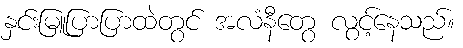
နှင်းမြူပြာပြာထဲတွင် အလံနီတွေ လွင့်နေသည်။